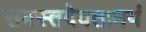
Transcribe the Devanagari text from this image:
समस्तदेवतामयं